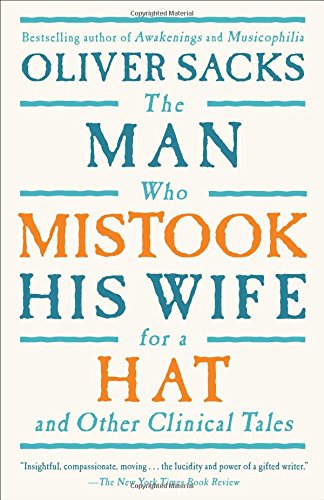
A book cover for The Man Who Mistook His Wife For A Hat: And Other Clinical Tales; Oliver Sacks; Medical Books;